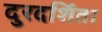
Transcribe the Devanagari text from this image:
दुरदर्शिता